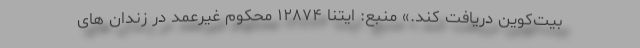
بیت‌کوین دریافت کند.» منبع: ایتنا ۱۲۸۷۴ محکوم غیرعمد در زندان های